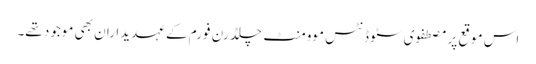
اس موقع پر مصطفوی سٹوڈنٹس موومنٹ چلڈرن فورم کے عہدیداران بھی موجود تھے۔